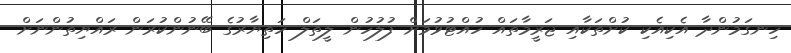
ހިނގަމުންދާ އެކިއެކި ކުށްތަކާއި ޖަރީމާތައް ހުއްޓުވުމަށް ފުލުހުން ލީތަލް ހަތިޔާރުގެ ބޭނުންކުރަން ރައްޔިތުންނަށް